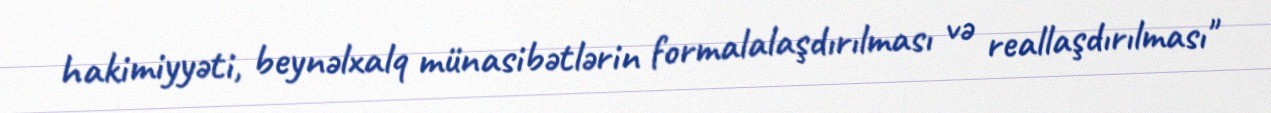
hakimiyyəti, beynəlxalq münasibətlərin formalalaşdırılması və reallaşdırılması"